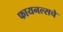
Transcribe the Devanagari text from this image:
फायनल्सचे